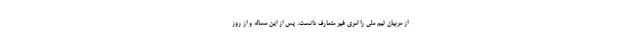
از مربیان تیم ملی را امری غیر متعارف دانست. پس از این مساله و از روز